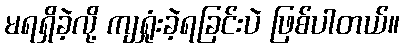
မရရှိခဲ့လို့ ကျရှုံးခဲ့ရခြင်းပဲ ဖြစ်ပါတယ်။